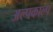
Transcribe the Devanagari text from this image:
अल्पकाल्प